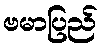
ဗမာပြည်